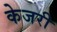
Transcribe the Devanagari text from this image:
केजरी